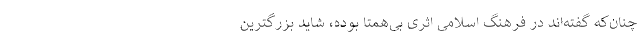
چنان‌که گفته‌اند در فرهنگ اسلامی اثری بی‌همتا بوده، شاید بزرگترین